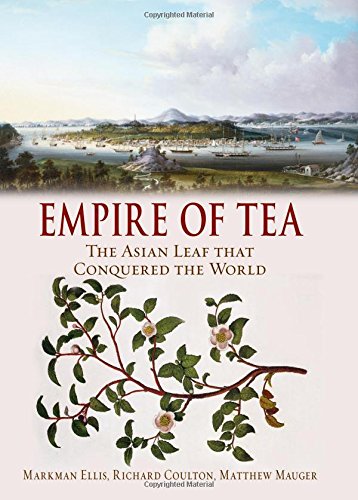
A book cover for Empire of Tea: The Asian Leaf that Conquered the World; Markman Ellis; Cookbooks, Food & Wine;